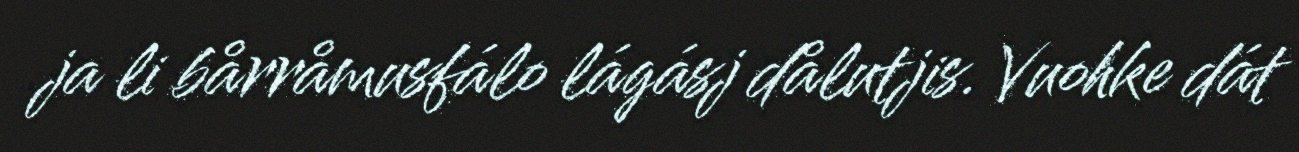
ja li bårråmusfálo lágásj dålutjis. Vuohke dát